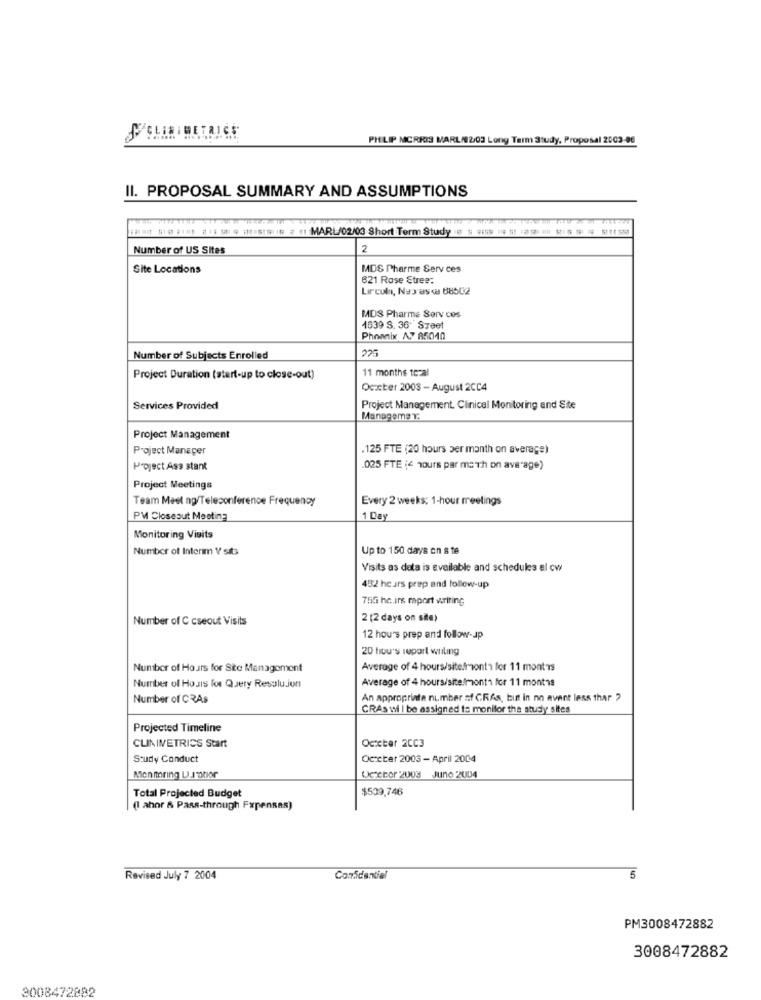
PHILIP MORRIS MARL/02/03 Long Term Study, Proposal 2003-06
II. PROPOSAL SUMMARY AND ASSUMPTIONS
1 110 318 #1: 5 9:HIS-SI# # # 11 MARL/02/03 Short Term Study .@ # # # #1 25 # ## ## # M(1 5
Number of US Sites
2
Site Locations
MDS Pharme Serv ces
621 Rose Etree:
Lincoln, Napas « 88502
MDS Pharme Serv cos
1639 S. 36 Szaet
Phoenix 27 85040
225
Number of Subjects Enrolled
11 months tezal
Project Duration (start-up to close-out)
Oczcter 2003 - August 2CC4
Services Provided
Project Management. Clinical Monitoring and Site
Managems Y.
Project Management
Project Manager
.125 FTE (20 hours per month on average)
Project Ass stant
.025 FTE (4 hours par math on average)
Project Meetings
Every 2 weeks: 1-hour meetings
Team Meet ng/Teleconference Frequency
PM Closeout Meeting
1 Day
Monitoring Visits
Number of Interim Y/ sita
Up to 150 days on s te
Visits as data is available and schedules al cw
452 hcars prep and follow-up
755 hc.irs mport writing
Number of C cseout Visits
2 (2 days on site)
12 hou's prep and follow-up
20 hou's report wniling
Number of Hours for Site Management
Average of 4 hours/site/month for 11 montis
Average of 4 hours/site.mont1 for 11 months
Number of Hours for Query Resolu.jun
Number of CRAs
An appropriate number of CRAs, but in no event less thar ?
CRAs wil be assigned to monitor the study sites
Projected Timeline
October 2CC3
CLINIMETRICS Start
Study Conduct
Oceter 2003 - April 2004
Monitoring U.I'abor
Ocebor 2003 June 2004
$509,746
Total Projected Budget
(I ahor & Pass-through Fxpensas)
Revised July 7 2004
Confidential
5
PM3008472882
3008472882
2008472882